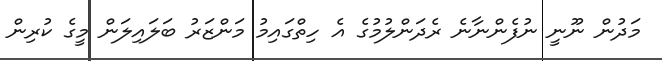
މަދުން ނޫނީ ނުފެންނާނެ ރެދަންލުމުގެ އެ ހިތްގައިމު މަންޒަރު ބަލައިލަން މީގެ ކުރިން